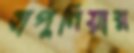
হাপুনিয়ার